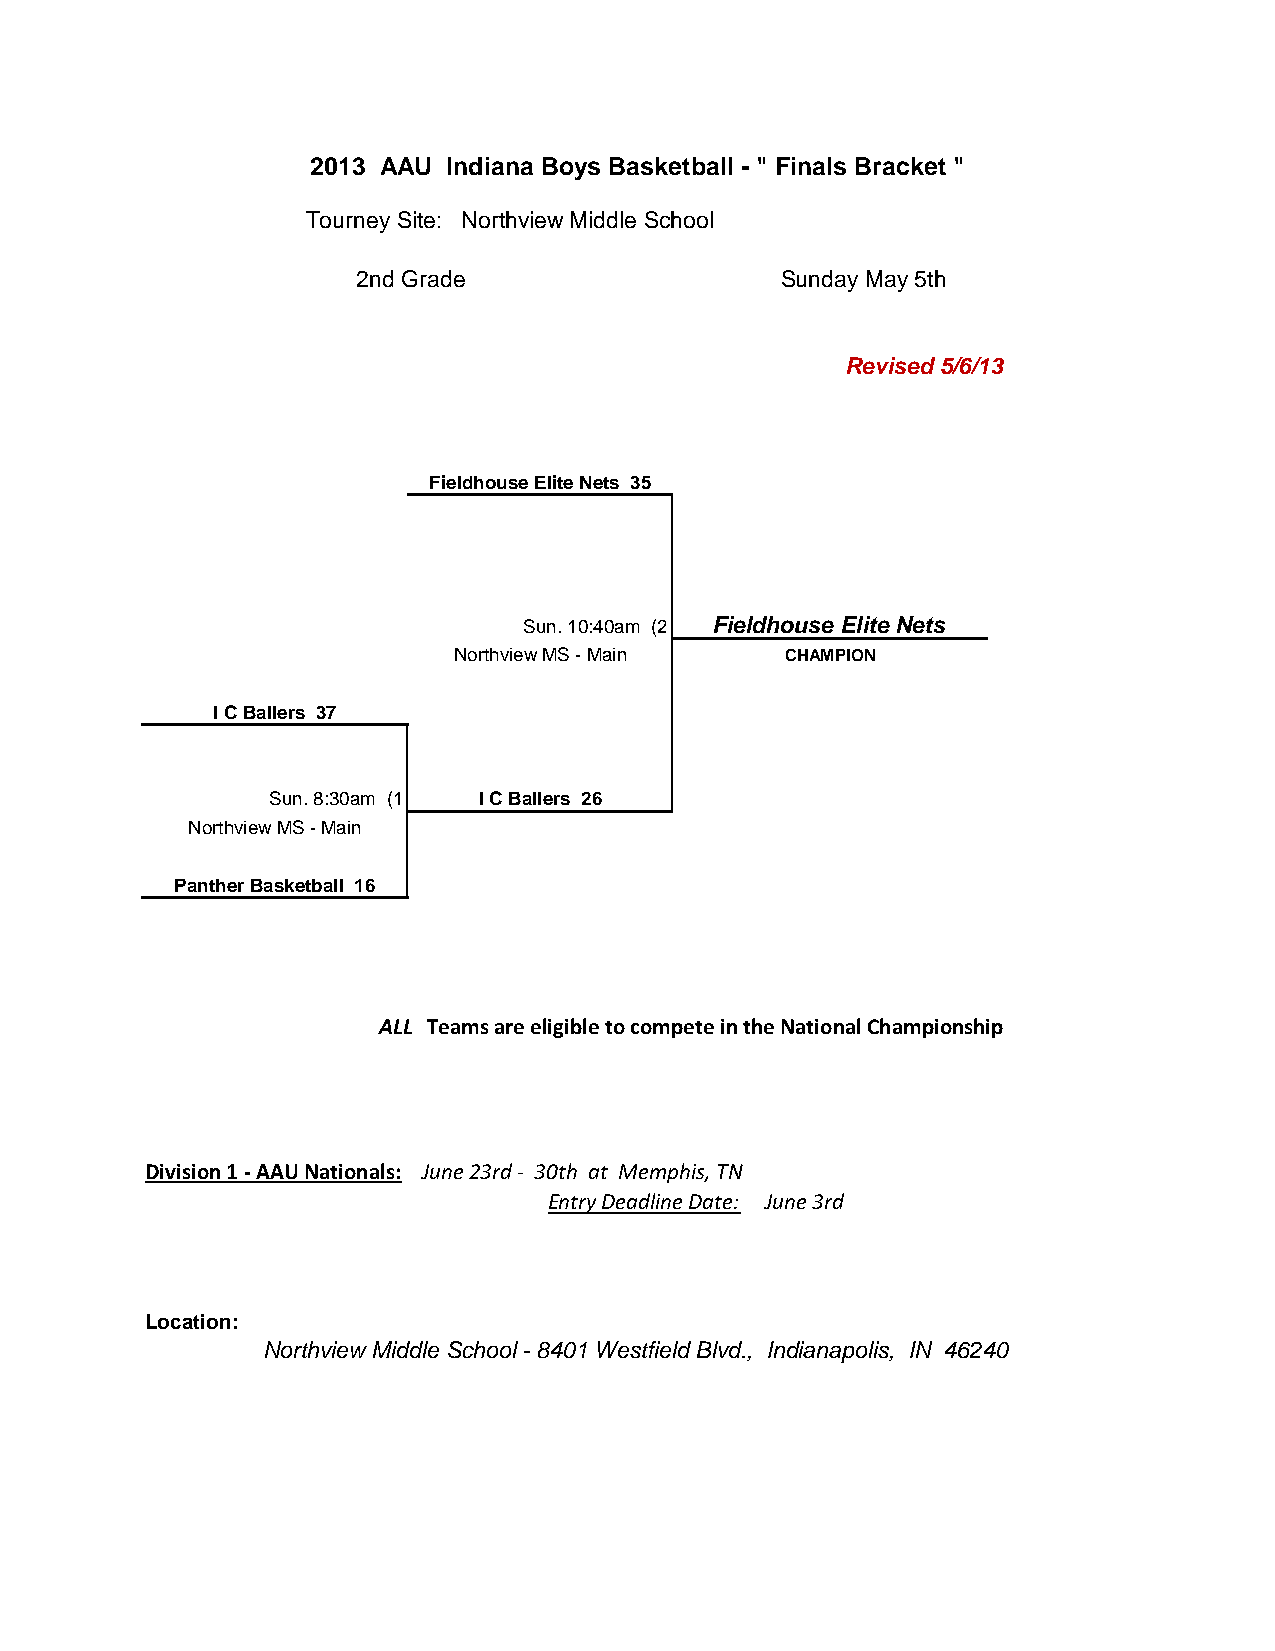
2013 AAU Indiana Boys Basketball - " Finals Bracket "
 Tourney Site: Northview Middle School
 2nd Grade                   Sunday May 5th
 Revised 5/6/13
 Fieldhouse Elite Nets 35
 Sun. 10:40am (2 Fieldhouse Elite Nets
 Northview MS - Main   CHAMPION
 I C Ballers 37
 Sun. 8:30am (1 I C Ballers 26
 Northview MS - Main
 Panther Basketball 16
 ALL Teams are eligible to compete in the National Championship
 Division 1 - AAU Nationals: June 23rd - 30th at Memphis, TN
 Entry Deadline Date: June 3rd
 Location:
 Northview Middle School - 8401 Westfield Blvd., Indianapolis, IN 46240